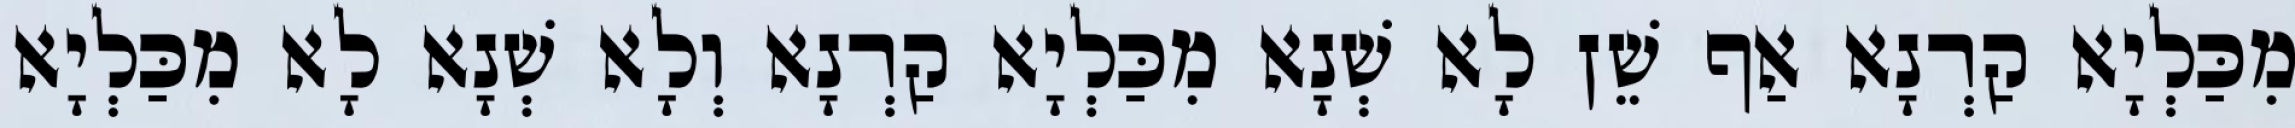
מִכַּלְיָא קַרְנָא אַף שֵׁן לָא שְׁנָא מִכַּלְיָא קַרְנָא וְלָא שְׁנָא לָא מִכַּלְיָא